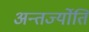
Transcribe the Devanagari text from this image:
अन्तर्ज्योति